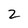
Character: 2